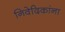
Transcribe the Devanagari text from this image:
निवेदिकांना